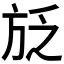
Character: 𭤱